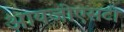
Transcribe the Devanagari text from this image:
आयजीएसटी